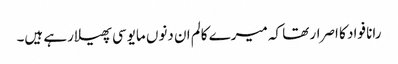
رانا فواد کا اصرار تھا کہ میرے کالم ان دنوں مایوسی پھیلارہے ہیں۔